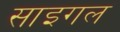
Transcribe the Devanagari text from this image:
साइगल